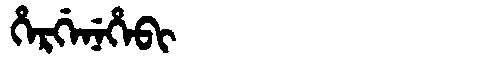
Manchu: ᡥᡝᡵᡤᡝᠨᡝᡥᡝᠪᡳ
Romanization: HERGENEHEBI